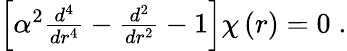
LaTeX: \begin{array}{r}{\left[\alpha^{2}\frac{d^{4}}{dr^{4}}-\frac{d^{2}}{dr^{2}}-1\right]\chi\left(r\right)=0\; .}\end{array}